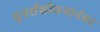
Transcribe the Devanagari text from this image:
पुनर्संशोधनानंतर